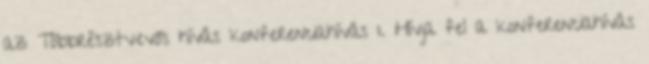
az Többrésztvevős hívás konferenciahívás 1. Hívja fel a konferenciahívás